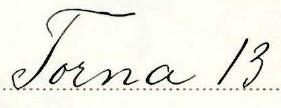
Torna 13